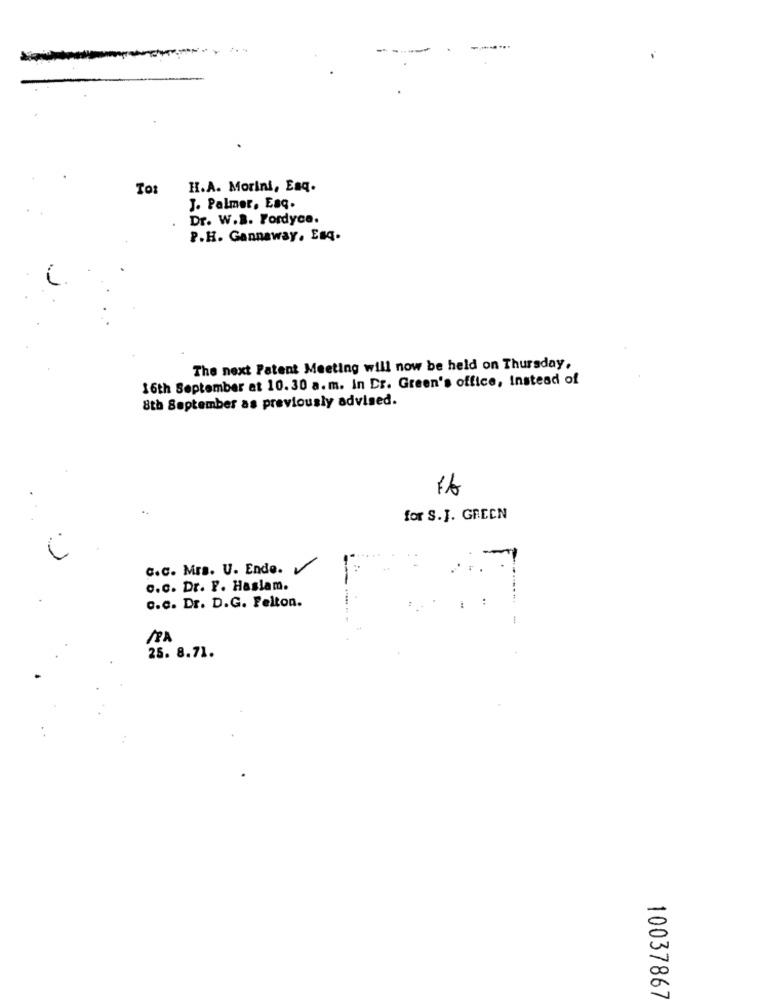
-
To:
H.A. Morini, Esq.
J. Palmer, Esq.
Dr. W.a. Fordyce.
P.H. Gannaway, Esq.
The next Patent Meeting will now be held on Thursday,
16th September at 10. 30 a.m. In Dr. Green's office, Instead of
8th September as previously advised.
for S.J. GREEN
C.C. Mrs. U. Ende.
o.c. Dr. F. Haslam.
:
c.c. Dr. D.G. Felton.
-
25. 8.71.
..
10037867